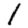
Digit: 1